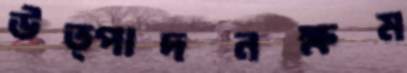
উত্পাদনক্ষম